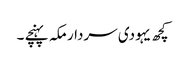
کچھ یہودی سردار مکہ پہنچے ۔